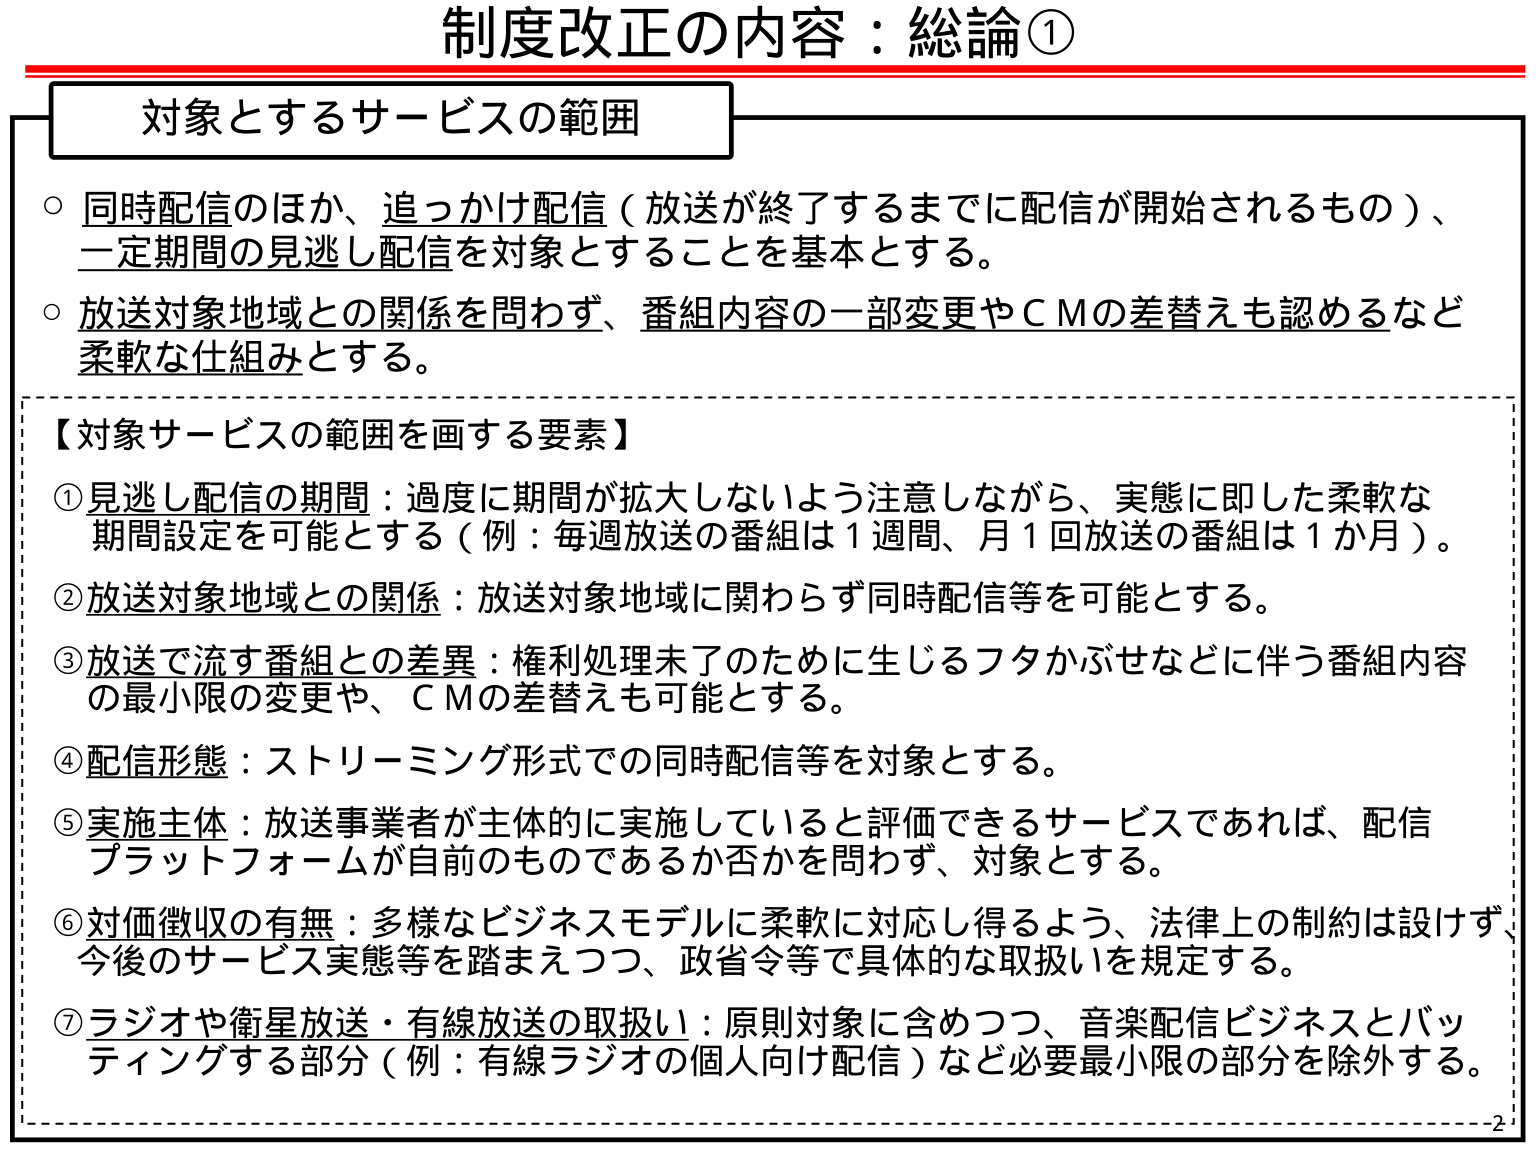
制度改正の内容：総論①

対象とするサービスの範囲

○ 同時配信のほか、追っかけ配信（放送が終了するまでに配信が開始されるもの）、一定期間の見逃し配信を対象とすることを基本とする。

○ 放送対象地域との関係を問わず、番組内容の一部変更やＣＭの差替えも認めるなど柔軟な仕組みとする。

【対象サービスの範囲を画する要素】

① 見逃し配信の期間：過度に期間が拡大しないよう注意しながら、実態に即した柔軟な期間設定を可能とする（例：毎週放送の番組は1週間、月1回放送の番組は1か月）。

② 放送対象地域との関係：放送対象地域に関わらず同時配信等を可能とする。

③ 放送で流す番組との差異：権利処理未了のために生じるフタかぶせなどに伴う番組内容の最小限の変更や、ＣＭの差替えも可能とする。

④ 配信形態：ストリーミング形式での同時配信等を対象とする。

⑤ 実施主体：放送事業者が主体的に実施していると評価できるサービスであれば、配信プラットフォームが自前のも のであるか否かを問わず、対象とする。

⑥ 対価徴収の有無：多様なビジネスモデルに柔軟に対応し得るよう、法律上の制約は設けず、今後のサービス実態等を踏まえつつ、政省令等で具体的な取扱いを規定する。

⑦ ラジオや衛星放送・有線放送の取扱い：原則対象に含めつつ、音楽配信ビジネスとバッティングする部分（例：有線ラジオの個人向け配信）など必要最小限の部分を除外する。

-2